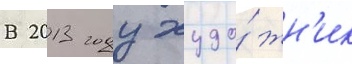
В 2013 году худо́жн'ик